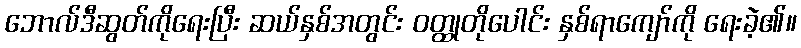
ဘောလ်ဒီဆွတ်ကိုရေးပြီး ဆယ်နှစ်အတွင်း ဝတ္ထုတိုပေါင်း နှစ်ရာကျော်ကို ရေးခဲ့၏။